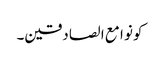
کونو ا مع ا لصادقین۔